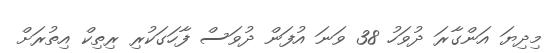
މިދިޔަ އަންގާރަ ދުވަހު 38 ވަނަ އުފަން ދުވަސް ފާހަގަކުރި ރިތިކް އިތުރަށް